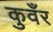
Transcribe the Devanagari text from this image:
कुवँर